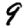
Digit: 9